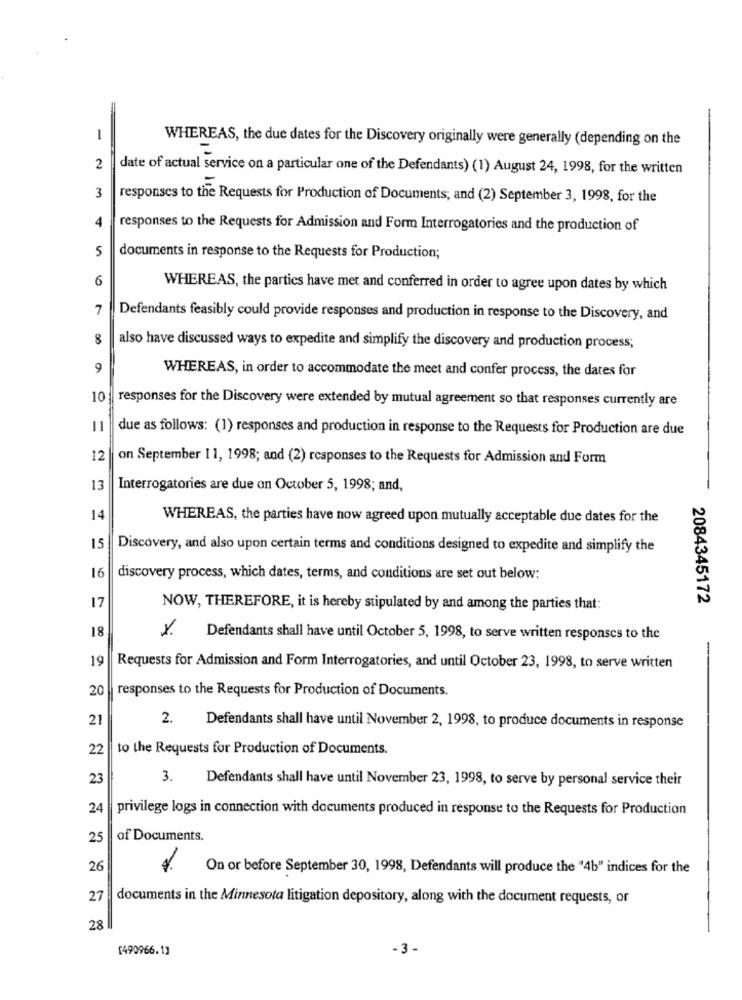
WHEREAS, the due dates for the Discovery originally were generally (depending on the
=
2
date of actual service on a particular one of the Defendants) (1) August 24, 1998, for the written
3
responses to the Requests for Production of Documents; and (2) September 3, 1998, for the
4
responses to the Requests for Admission and Form Interrogatories and the production of
5
documents in response to the Requests for Production;
6
WHEREAS, the parties have met and conferred in order to agree upon dates by which
7
Defendants feasibly could provide responses and production in response to the Discovery, and
8
also have discussed ways to expedite and simplify the discovery and production process;
9
WHEREAS, in order to accommodate the meet and confer process, the dates for
10
responses for the Discovery were extended by mutual agreement so that responses currently are
11
due as follows: (1) responses and production in response to the Requests for Production are due
12
on September 11, 1998; and (2) responses to the Requests for Admission and Form
13
Interrogatories are due on October 5, 1998; and,
14
WHEREAS, the parties have now agreed upon mutually acceptable due dates for the
15
Discovery, and also upon certain terms and conditions designed to expedite and simplify the
16
discovery process, which dates, terms, and conditions are set out below:
17
2084345172
NOW, THEREFORE, it is hereby stipulated by and among the parties that:
18
Y. Defendants shall have until October 5, 1998, to serve written responses to the
19
Requests for Admission and Form Interrogatories, and until October 23, 1998, to serve written
20
responses to the Requests for Production of Documents.
21
2. Defendants shall have until November 2, 1998, to produce documents in response
22
to the Requests for Production of Documents.
23
3.
Defendants shall have until November 23, 1998, to serve by personal service their
24
privilege logs in connection with documents produced in response to the Requests for Production
25
of Documents.
26
On or before September 30, 1998, Defendants will produce the "4b" indices for the
27
documents in the Minnesota litigation depository, along with the document requests, or
28
[490966.1]
-3 -